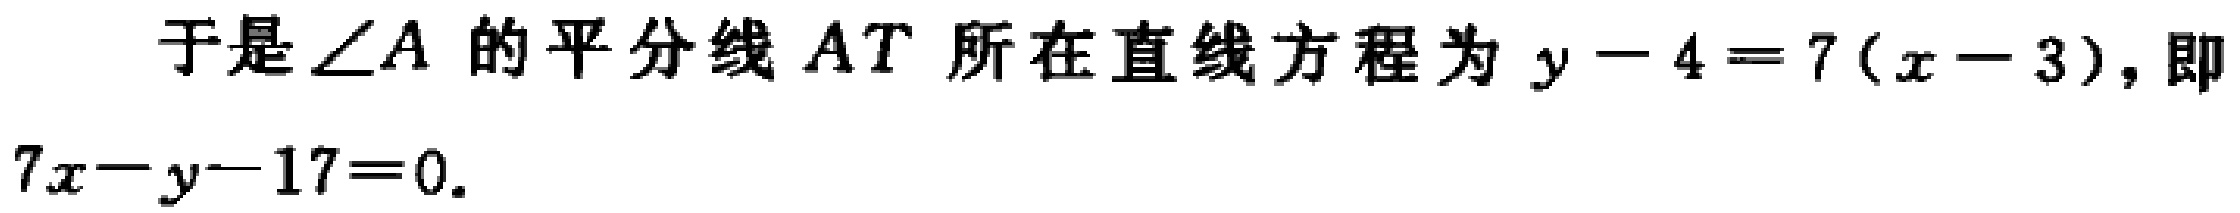
于是\(\angle A\)的平分线\(AT\)所在直线方程为\(y - 4 = 7(x - 3)\)，即

\(7x - y - 17 = 0\)。